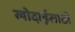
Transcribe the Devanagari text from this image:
खोदाईसाठी